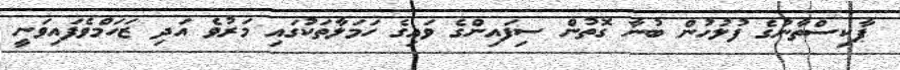
ޕާކިސްތާނުގެ ފުލުހުން ބުނާ ގޮތުން ސިފައިންގެ ވައިގެ ހަމަލާތަކުގައި މަރުވެ އަދި ޒަހަމްވެފައިވަނީ